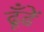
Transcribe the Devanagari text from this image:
ढूँढें